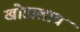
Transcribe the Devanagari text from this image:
खोडालाच